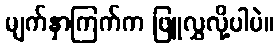
မျက်နှာကြက်က ဖြူလွှလို့ပါပဲ။